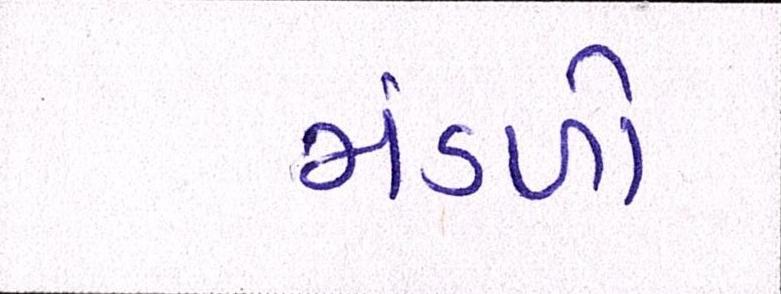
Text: મંડળો